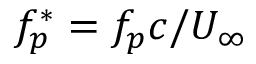
f _ { p } ^ { * } = f _ { p } c / U _ { \infty }